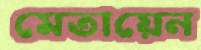
মেতায়েন